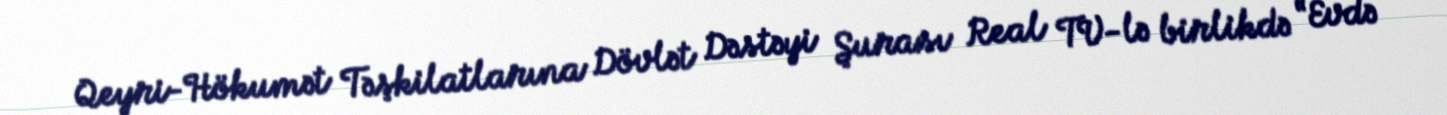
Qeyri-Hökumət Təşkilatlarına Dövlət Dəstəyi Şurası Real TV-lə birlikdə “Evdə